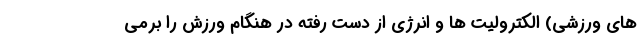
های ورزشی) الکترولیت ها و انرژی از دست رفته در هنگام ورزش را برمی